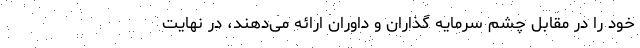
خود را در مقابل چشم سرمایه­ گذاران و داوران ارائه می­دهند، در نهایت